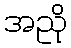
အညို